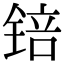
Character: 锫